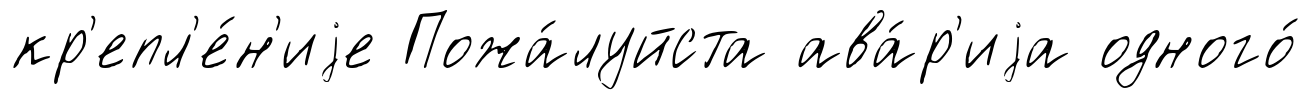
кр'епл'е́н'иjе Пожа́луйста ава́р'иjа одного́